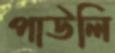
পাউলি